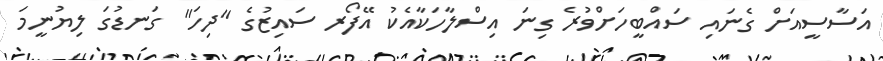
އަސާސީއަށް ގެނައި ސައްބީހަށްވުރެ ގިނަ އިސްލާހަކާއެކު އޭފޯރ ސައިޒުގެ "ދިހަ" ގަނޑުގަ ލިޔުނީމަ